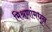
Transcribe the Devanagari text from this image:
मिश्रणांमधून